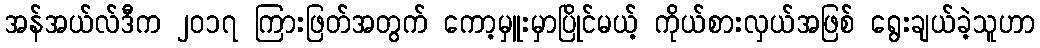
အန်အယ်လ်ဒီက ၂၀၁၇ ကြားဖြတ်အတွက် ကော့မှူးမှာပြိုင်မယ့် ကိုယ်စားလှယ်အဖြစ် ရွေးချယ်ခဲ့သူဟာ